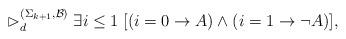
LaTeX: \begin{align*}\rhd_d^{(\Sigma_{k+1}, \mathcal{B})} \; \exists i \leq 1 \; [(i=0 \rightarrow A) \wedge (i=1 \rightarrow \neg A)],\end{align*}